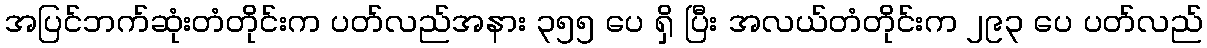
အပြင်ဘက်ဆုံးတံတိုင်းက ပတ်လည်အနား ၃၅၅ ပေ ရှိ ပြီး အလယ်တံတိုင်းက ၂၉၃ ပေ ပတ်လည်